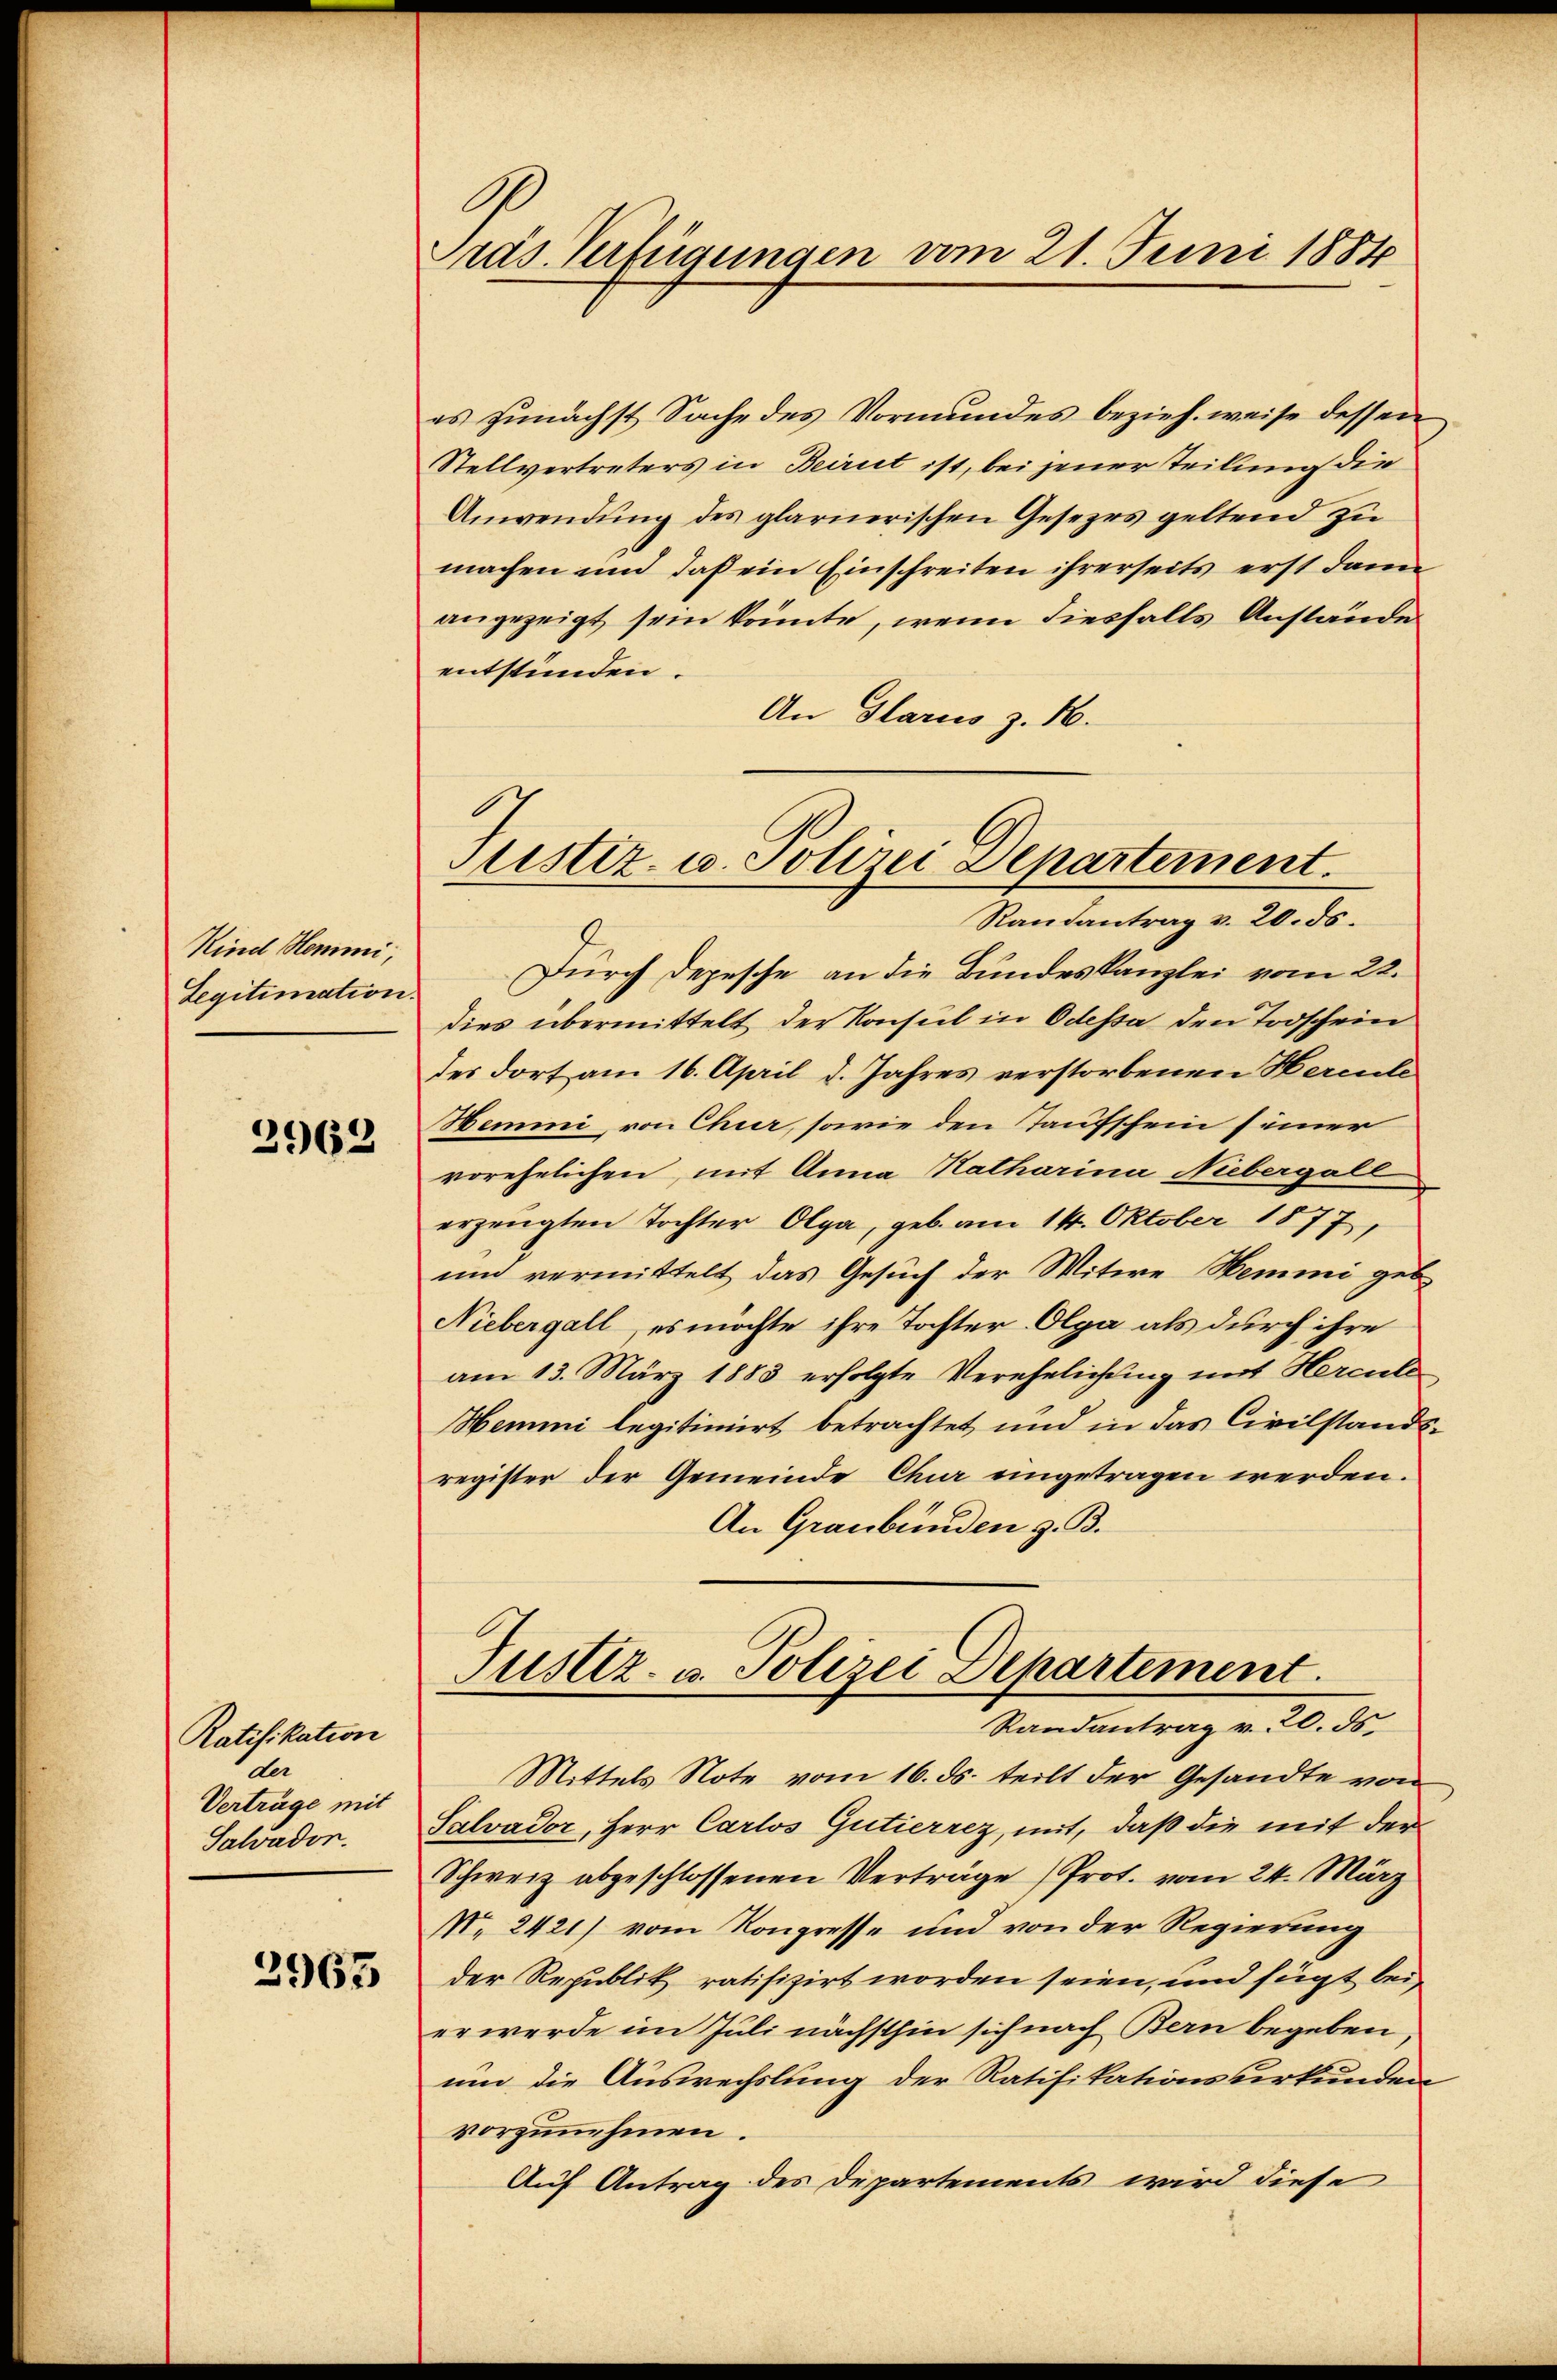
Kind Hemmi,
Legitimation.

2962

Ratifikation
der
Verträge mit
Salvador.

2963

Präs. Verfügungen vom 21. Juni 1884

es zunächst Sache des Vormundes bezieh, weise dessen
Stellvertreters in Beirut ist, bei jener Teilung die
Anwendung des glarnerischen Gesezes geltend zu
machen und daß ein Einschreiten ihrerseits erst dann
angezeigt sein könnte, wenn diesfalls Anstände
entstünden.
An Glarus z. B.
Durch Depesche an die Bundeskanzlei vom 22.
dies übermittelt der Konsul in Odessa den Todschein
des dort am 16. April d. Jahres verstorbenen Hercle
Hemmi, von Chur, sowie den Taufschein seiner
vorehelichen, mit Anna Katharina Niebergall
erzeugten Tochter Olga, geb. am 14. Oktober 1877,
un vermittelt das Gesuch der Witwe Hemmi geb
Niebergall, es möchte ihre Tochter Olga als durch ihre
am 13. März 1883 erfolgte Verehelichung mit Hercula
Hemmi legitimirt betrachtet und in das Civilstands-
register der Gemeinde Chur eingetragen werden.
An Graubünden z. B.
Justiz- u. Polizei Departement
Randantrag v. 20. ds.
Mittels Note vom 16. ds. teilt der Gesandte von
Salvader, Herr Carlos Gutierrez, mit, daß die mit der
Schweiz abgeschlossenen Verträge Prot. vom 24. März
No. 2421) vom Kongresse und von der Regierung
der Republik ratifizirt worden seien, und fügt bei,
er werde im Juli nächsthin sich nach Bern begeben
um die Auswechslung der Ratifikationsurkunden
vorzunehmen.
Auf Antrag des Departements wird diese

Sistiz- u. Polizei Departement.
Randantrag v. 20. ds.